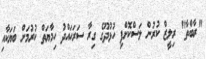
"ރާބްތާ" ރިލީޒް ކުރުން ލަސްކޮށްފި ހުޅުދޫގެ ގިރާ ސަރަހައްދު ހިމާޔަތް ކުރުމަށް ބަޔަކާއި